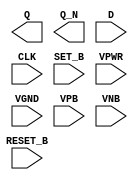
module sky130_fd_sc_lp__dfbbp (
    Q      ,
    Q_N    ,
    D      ,
    CLK    ,
    SET_B  ,
    RESET_B,
    VPWR   ,
    VGND   ,
    VPB    ,
    VNB
);

    output Q      ;
    output Q_N    ;
    input  D      ;
    input  CLK    ;
    input  SET_B  ;
    input  RESET_B;
    input  VPWR   ;
    input  VGND   ;
    input  VPB    ;
    input  VNB    ;
endmodule